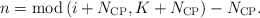
\begin{align*} n = {\rm mod} \left( {i + {N_{{\rm{CP}}}},K + {N_{{\rm{CP}}}}} \right) - {N_{{\rm{CP}}}}. \end{align*}